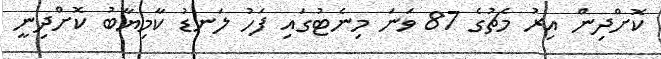
ކޮށްދިން އިރު މެޗުގެ 87 ވަނަ މިނެޓުގައި ފަހު ލަނޑު ކާމިޔާބު ކޮށްދިނީ